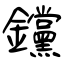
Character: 钂